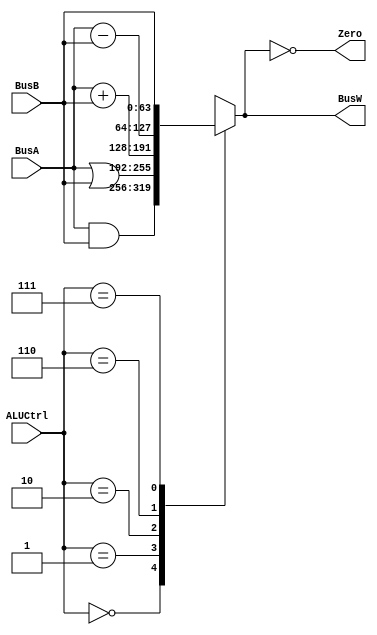
`define AND   4'b0000
`define OR    4'b0001
`define ADD   4'b0010
`define SUB   4'b0110
`define PassB 4'b0111


module ALU(BusW, BusA, BusB, ALUCtrl, Zero);
    
    output  [63:0] BusW;
    input   [63:0] BusA, BusB;
    input   [3:0] ALUCtrl;
    output  Zero;
    
    reg     [63:0] BusW;
    
    always @(ALUCtrl or BusA or BusB) begin
        case(ALUCtrl)
            `AND: begin
                BusW = BusA & BusB;
            end

            `OR: begin
                BusW = BusA | BusB;
            end

            `ADD: begin
                BusW = BusA + BusB;
            end

            `SUB: begin
                BusW = BusA - BusB;
            end

            `PassB: begin
                //BusW = BusA < BusB ? 1 : 0;
                BusW = BusB;
            end 
            
          	default: begin
              	BusW = 64'bx;
            end

        endcase
    end

    assign Zero = (BusW == 64'b0);
endmodule